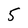
Character: 5